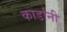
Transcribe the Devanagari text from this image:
कार्डांनी